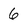
Character: 6